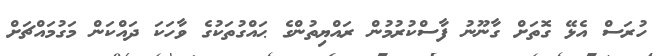
ހުރަސް އެޅޭ ގޮތަށް ގާނޫނު ފާސްކުރުމުން ރައްޔިތުންގެ ޙައްގުތަކުގެ ވާހަކަ ދައްކަން މަގުމައްޗަށް